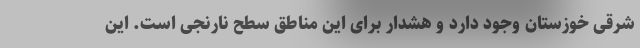
شرقی خوزستان وجود دارد و هشدار برای این مناطق سطح نارنجی است. این